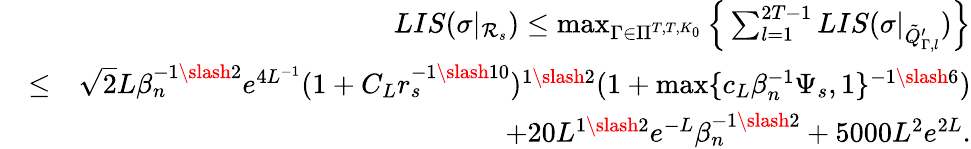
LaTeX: \begin{array}{rlr}&{}&{LIS(\sigma|_{\mathcal{R}_{s}})\leq\operatorname*{max}_{\Gamma\in\Pi^{T,T,K_{0}}}\Big\{ \sum_{l=1}^{2T-1}LIS(\sigma|_{\tilde{Q}_{\Gamma,l}^{\prime}})\Big\} }\\ &{\leq}&{\sqrt{2}L\beta_{n}^{-1\slash 2}e^{4L^{-1}}(1+C_{L}r_{s}^{-1\slash 10})^{1\slash 2}(1+\operatorname*{max}\{ c_{L}\beta_{n}^{-1}\Psi_{s},1\} ^{-1\slash 6})}\\ &{}&{+20L^{1\slash 2}e^{-L}\beta_{n}^{-1\slash 2}+5000L^{2}e^{2L}.}\end{array}